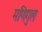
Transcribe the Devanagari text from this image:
मणिगुल